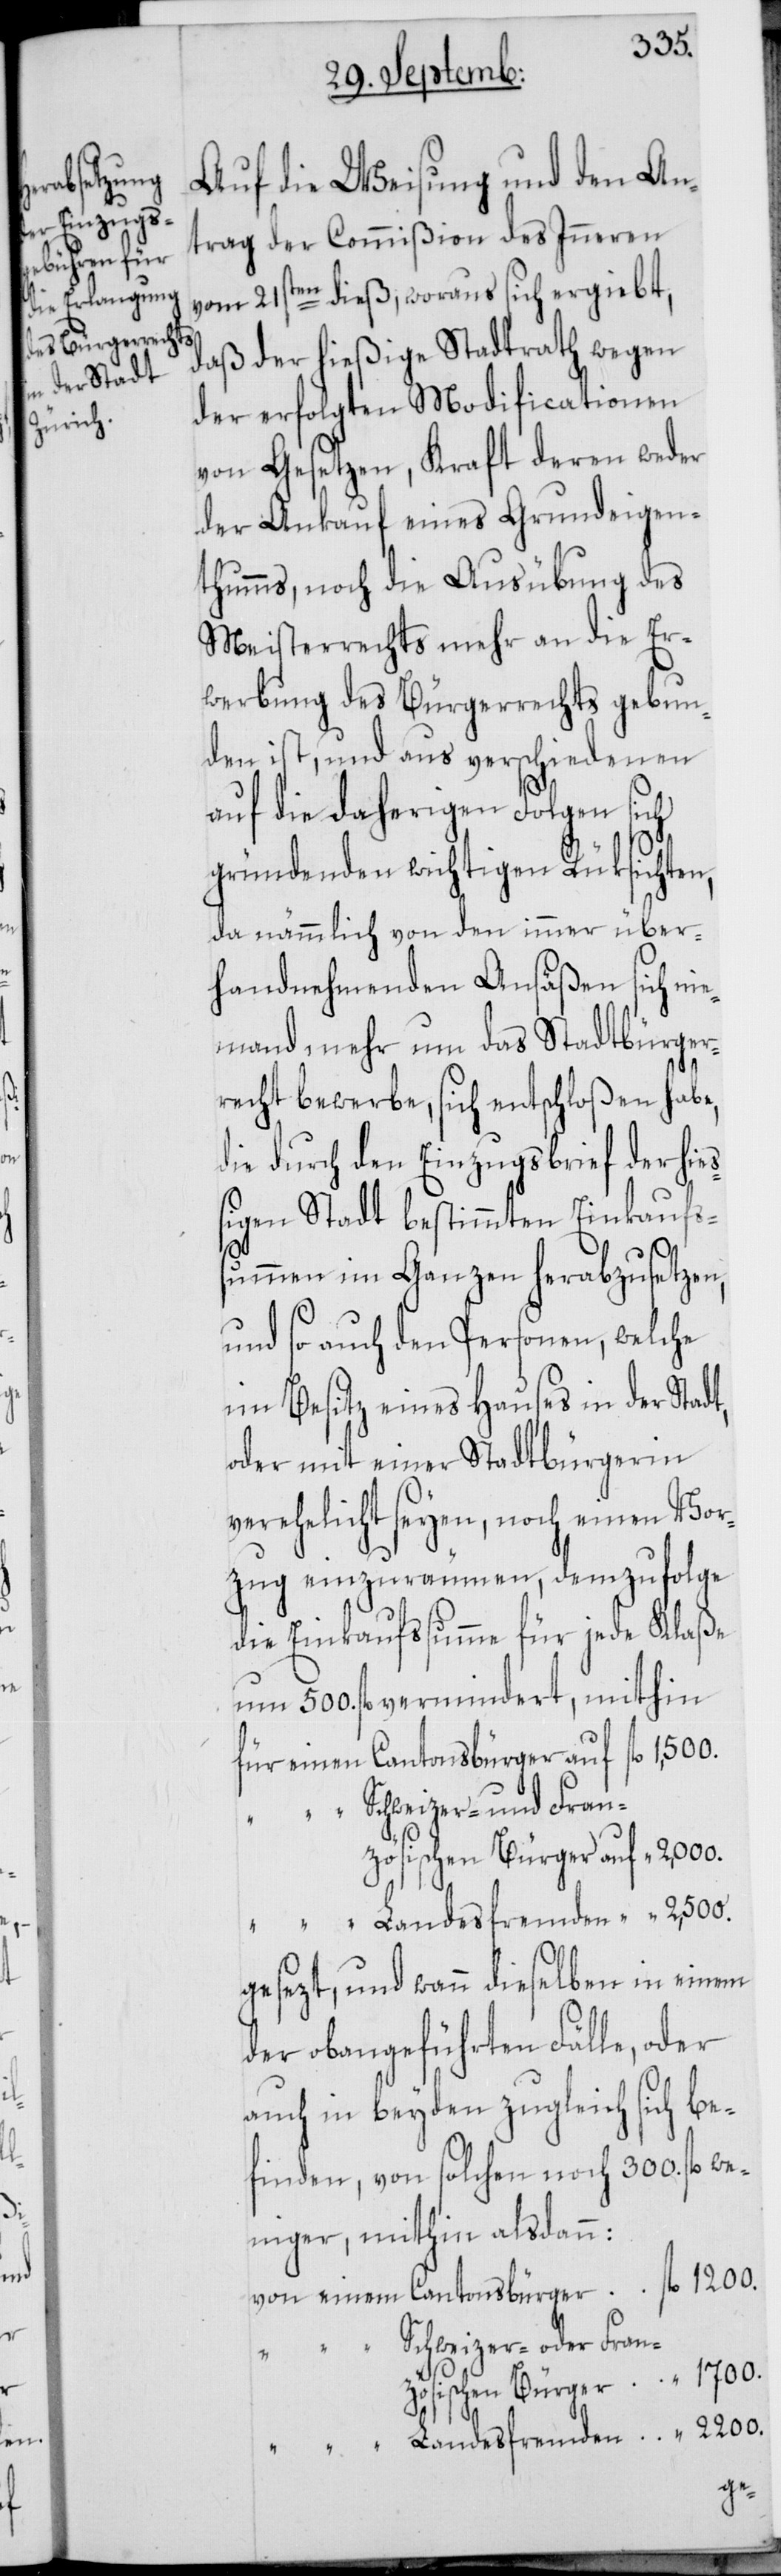
Auf die Weisung und den An¬
trag der Commißion des Inneren
vom 21sten dieß, woraus sich ergiebt,
daß der hießige Stadtrath wegen
der erfolgten Modificationen
von Gesetzen, Kraft deren weder
der Ankauf eines Grundeigen¬
thumms, noch die Ausübung des
Meisterrechts mehr an die Er¬
werbung des Bürgerrechts gebun¬
den ist, und aus verschiedenen
auf die daherigen Folgen sich
gründenden wichtigen Rüksichten,
da nämmlich von den immer über¬
handnehmenden Ansäßen sich nie¬
mand mehr um das Stadtbürger¬
recht bewerbe, sich entschloßen habe,
die durch den Einzugsbrief der hieß¬
igen Stadt bestimmten Einkaufs¬
summen im Ganzen herabzusetzen,
und so auch den Personen, welche
im Besitz eines Hauses in der Stadt,
oder mit einer Stadtbürgerin
verehelicht seyen, noch einen Vor¬
zug einzuräumen, demzufolge
die Einkaufssumme für jede Klaße
um 500. fl. vermindert, mithin
für einen Cantonsbürger auf fl. 1,500.
“ “ Schweizer- und Fran¬
zösischen Bürger auf “ 2,000.
“ “ Landesfremden “ “ 2,500.
gesezt, und wann dieselben in einem
der obangeführten Fälle, oder
auch in beyden zugleich sich be¬
finden, von solchen noch 300. fl. we¬
niger, mithin alsdann:
von einem Cantonsbürger fl. 1200.
“ “ Schweizer- oder Franz¬
1700.
ösischen Bürger
“
2200.
“ “ Landesfremden